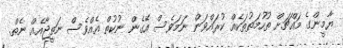
ޔާމީންގެ މައްޗަށް ތުހުމަތުތަކެއް ކުރައްވަން ނަމަވެސް އޭގެން ނުކުތް އެއްވެސް ނަތީޖާއެއް ނެތް.